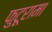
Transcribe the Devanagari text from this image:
फुटूरामा